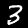
Digit: 3